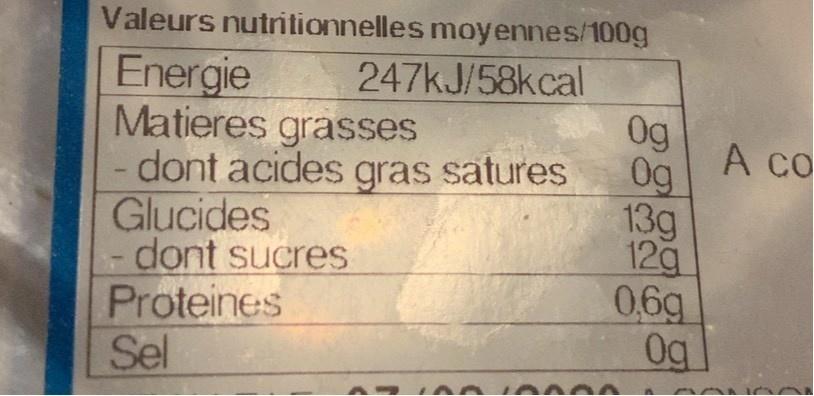
Valeurs nutritionnelles moyennes/100g
Energie Matieres grasses
247KJ/58kcal 0g 0g
A co
- dont acides gras satures 13g 12g
Glucides -dont sucres Proteines Sel
0,6g 0g